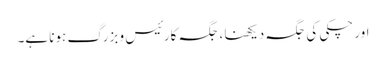
اور چکی کی جگہ دیکھنا ، جگہ کارئیس و بزرگ ہونا ہے۔